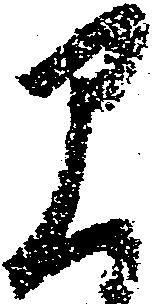
早